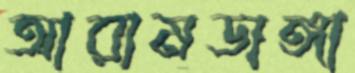
আরামডাঙ্গা